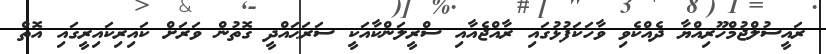
ރައީސުލްޖުމްހޫރިއްޔާ ދެއްކެވި ވާހަކަފުޅުގައި ރާއްޖެއާއި ސްރީލަންކާއަކީ ސަރަޙައްދީ ގޮތުން ވަރަށް ކައިރިކައިރީގައި އޮތް